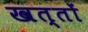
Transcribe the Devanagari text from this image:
खत्तों